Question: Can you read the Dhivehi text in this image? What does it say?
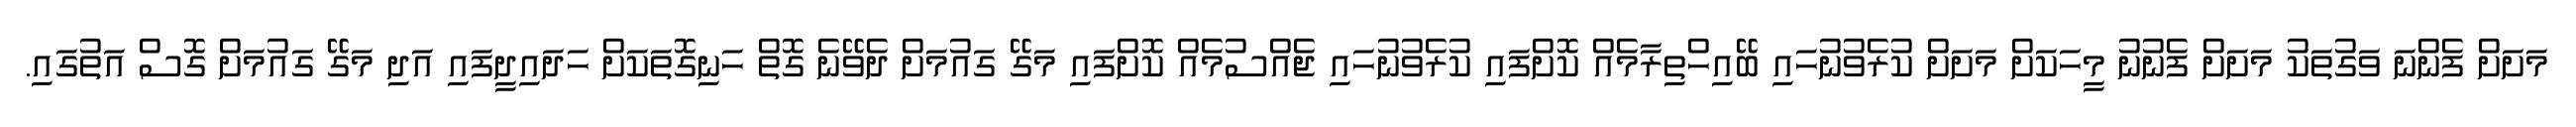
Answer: މަށަށް ފެންނަ ވަގުތަކު މަށަށް ފެނުނު މީހަކަށް މަށަށް ކުރެވުނުހައި ބޭއިހްތިރާމެއް ކޮށްފައި ކުރެވުނުހައި ޖެއްސުމެއް ކޮށްފައި މަގޭ ގައުމަށް ދެވޭނެ ގޮތް ހަނިގޮތަކަށް ހަދައިދީފައި އަދި މަގޭ ގައުމަށް ގޮސް އަތުގައި.